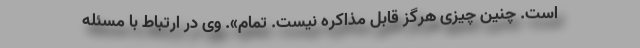
است. چنین چیزی هرگز قابل مذاکره نیست. تمام». وی در ارتباط با مسئله